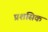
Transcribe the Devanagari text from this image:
प्रशंसिक